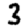
Digit: 3